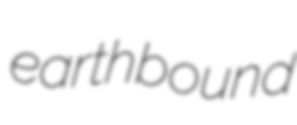
earthbound